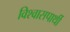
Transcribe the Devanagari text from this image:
विश्वासपार्थी